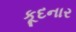
કૂદનાર